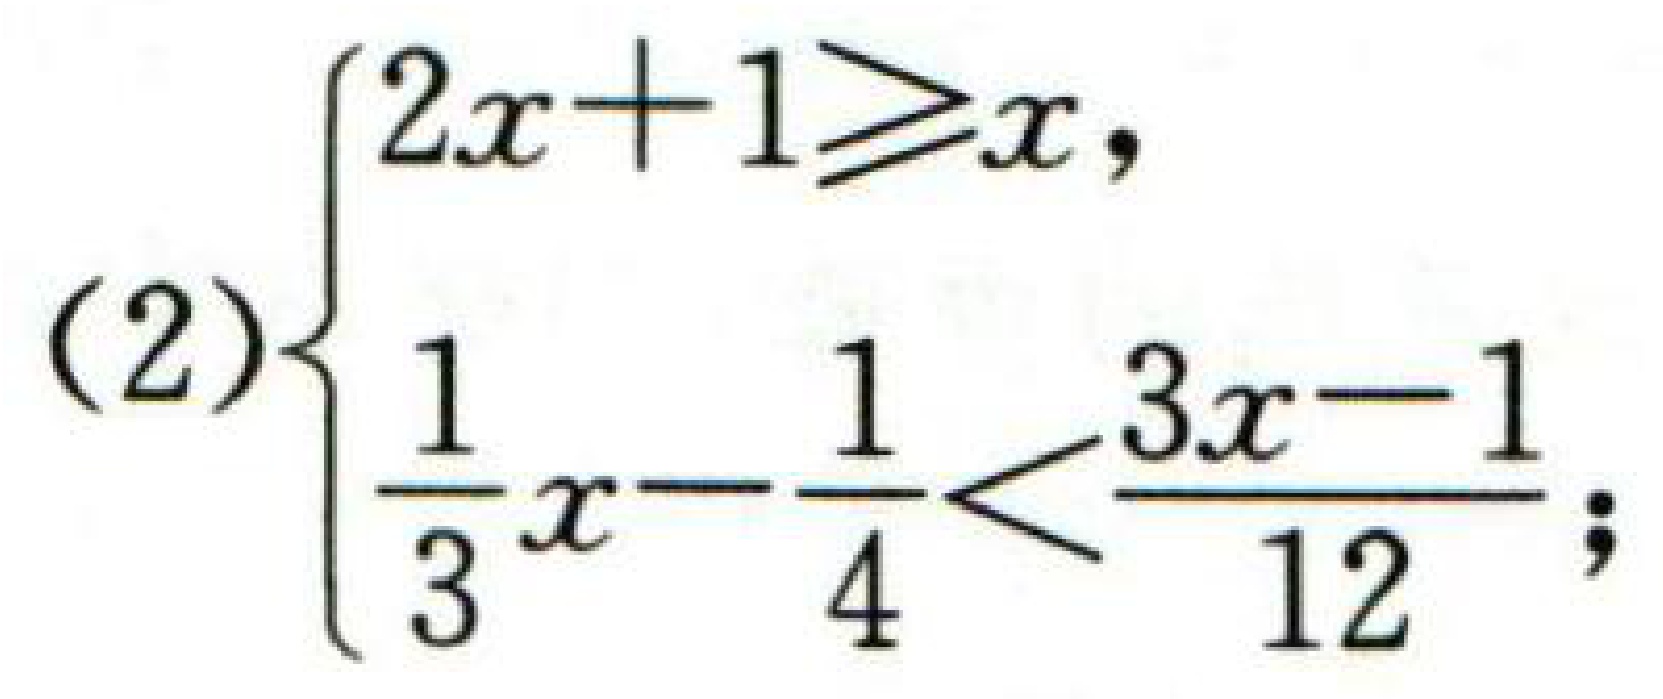
(2)$\begin{cases}2x + 1\geq x,\\\frac{1}{3}x-\frac{1}{4}<\frac{3x - 1}{12};\end{cases}$